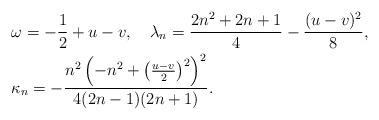
LaTeX: \begin{align*}&\omega=-\frac 12+u-v,\quad\lambda_n=\frac{2n^2 + 2n + 1}{4}-\frac{(u-v)^2}{8},\\&\kappa_n=-\frac{n^2 \left(- n^2 + \left(\frac{ u-v}{2}\right)^2\right)^2 }{4 (2 n - 1) (2 n + 1)}.\end{align*}